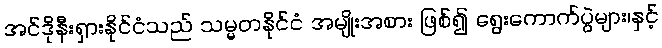
အင်ဒိုနီးရှားနိုင်ငံသည် သမ္မတနိုင်ငံ အမျိုးအစား ဖြစ်၍ ရွေးကောက်ပွဲများ၊နှင့်